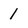
Character: 1